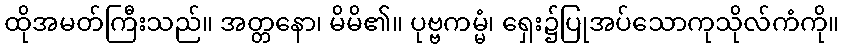
ထိုအမတ်ကြီးသည်။ အတ္တနော၊ မိမိ၏။ ပုဗ္ဗကမ္မံ၊ ရှေး၌ပြုအပ်သောကုသိုလ်ကံကို။